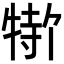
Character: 𬌣